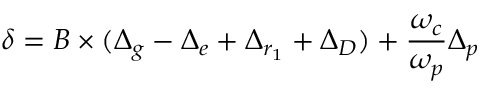
\delta = B \times ( \Delta _ { g } - \Delta _ { e } + \Delta _ { r _ { 1 } } + \Delta _ { D } ) + \frac { \omega _ { c } } { \omega _ { p } } \Delta _ { p }